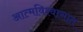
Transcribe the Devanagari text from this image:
आत्मविश्वासात